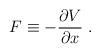
LaTeX: \begin{align*}F\equiv -\frac{\partial V}{\partial x}\;.\end{align*}